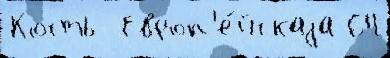
Кость  Европ'е́йскаjа 64